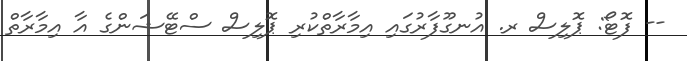
-- ފޮޓޯ: ޕޮލިސް ރ. އުނގޫފާރުގައި އިމާރާތްކުރި ޕޮލިސް ސްޓޭޝަންގެ އާ އިމާރާތް